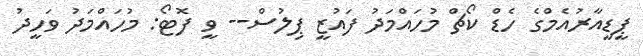
ޕީޑީއާރުއެމްގެ ހެޑް ކޯޗް މުހައްމަދު ފައުޒީ ޕިލުސް-- ވީ ފޮޓޯ: މުހައްމަދު ވަހީދު